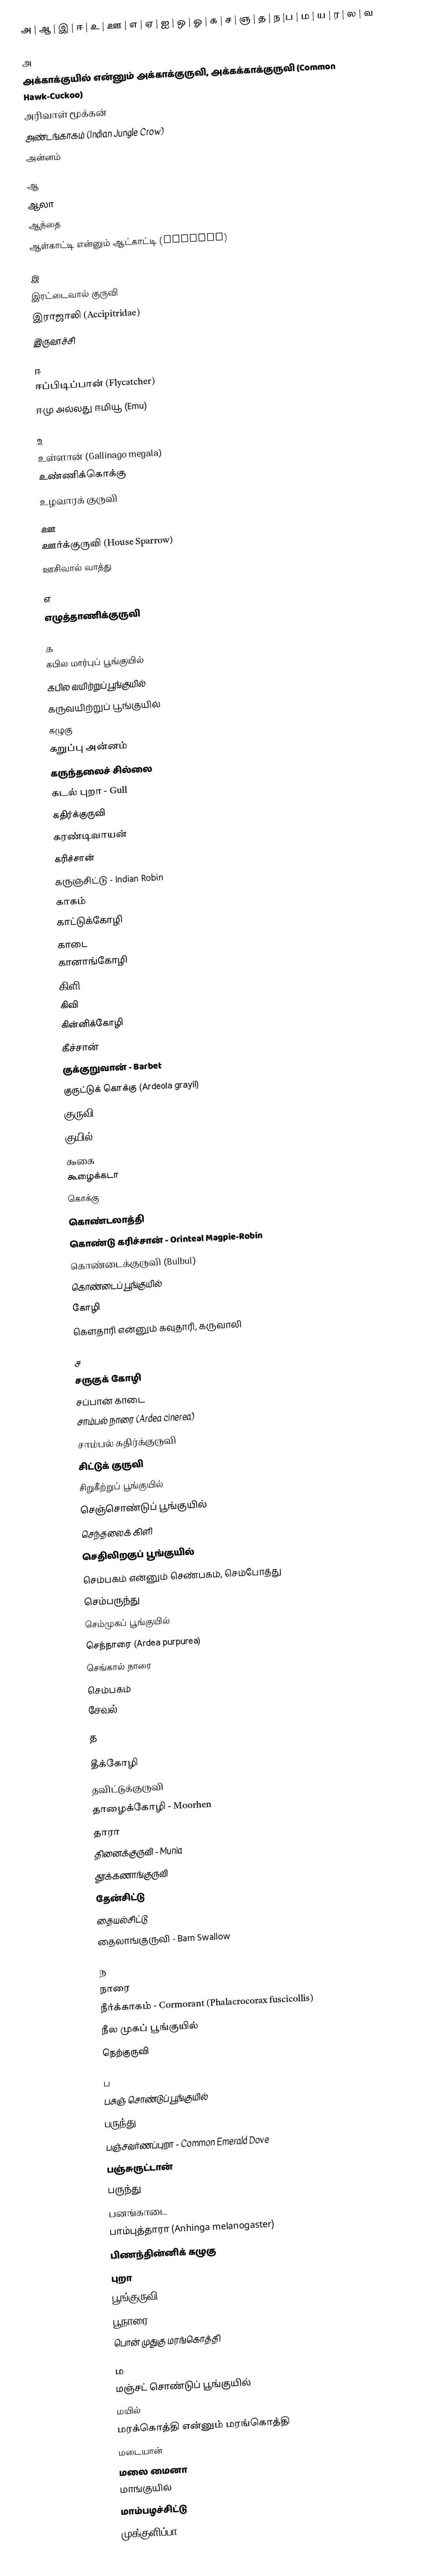
அ | ஆ | இ | ஈ | உ | ஊ | எ | ஏ | ஐ | ஒ | ஓ |  க |  ச | ஞ | த | ந |ப | ம | ய | ர | ல | வ

அ
 அக்காக்குயில் என்னும் அக்காக்குருவி, அக்கக்காக்குருவி (Common Hawk-Cuckoo)
 அரிவாள் மூக்கன்
 அண்டங்காகம் (Indian Jungle Crow)
 அன்னம்

ஆ
 ஆலா
 ஆந்தை
 ஆள்காட்டி என்னும் ஆட்காட்டி  (Lapwing)

இ
இரட்டைவால் குருவி
இராஜாலி (Accipitridae)
 இருவாச்சி

ஈ
 ஈப்பிடிப்பான் (Flycatcher)
ஈமு அல்லது ஈமியூ (Emu)

உ
 உள்ளான் (Gallinago megala)
 உண்ணிக்கொக்கு
 உழவாரக் குருவி

ஊ
 ஊர்க்குருவி (House Sparrow)
 ஊசிவால் வாத்து

எ
 எழுத்தாணிக்குருவி

க
 கபில மார்புப் பூங்குயில்
 கபில வயிற்றுப் பூங்குயில்
 கருவயிற்றுப் பூங்குயில்
 கழுகு
 கறுப்பு அன்னம்
 கருந்தலைச் சில்லை
 கடல் புறா - Gull
 கதிர்க்குருவி
 கரண்டிவாயன்
 கரிச்சான்
 கருஞ்சிட்டு - Indian Robin
 காகம்
 காட்டுக்கோழி
 காடை
 கானாங்கோழி
 கிளி
 கிவி
 கின்னிக்கோழி
 கீச்சான்
 குக்குறுவான் - Barbet
 குருட்டுக் கொக்கு (Ardeola grayii)
 குருவி
 குயில்
 கூகை
 கூழைக்கடா
 கொக்கு
 கொண்டலாத்தி
 கொண்டு கரிச்சான் - Orinteal Magpie-Robin
 கொண்டைக்குருவி (Bulbul)
 கொண்டைப் பூங்குயில்
 கோழி
 கௌதாரி என்னும் கவுதாரி, கருவாலி

ச
 சருகுக் கோழி
 சப்பான் காடை
 சாம்பல் நாரை (Ardea cinerea)
 சாம்பல் கதிர்க்குருவி
 சிட்டுக் குருவி
 சிறுகீற்றுப் பூங்குயில்
 செஞ்சொண்டுப் பூங்குயில்
 செந்தலைக் கிளி
 செதிலிறகுப் பூங்குயில்
 செம்பகம் என்னும் செண்பகம், செம்போத்து
 செம்பருந்து
 செம்முகப் பூங்குயில்
 செந்நாரை (Ardea purpurea)
 செங்கால் நாரை
 செம்பகம்
சேவல் (Cock)

த

 தீக்கோழி
 தவிட்டுக்குருவி
 தாழைக்கோழி - Moorhen
 தாரா
 தினைக்குருவி - Munia
 தூக்கணாங்குருவி
 தேன்சிட்டு
 தையல்சிட்டு
 தைலாங்குருவி - Barn Swallow

ந
 நாரை
 நீர்க்காகம் - Cormorant (Phalacrocorax fuscicollis)
 நீல முகப் பூங்குயில்
 நெற்குருவி

ப
 பசுஞ் சொண்டுப் பூங்குயில்
 பருந்து
 பஞ்சவர்ணப்புறா - Common Emerald Dove
 பஞ்சுருட்டான்
 பருந்து
 பனங்காடை
 பாம்புத்தாரா (Anhinga melanogaster)
 பிணந்தின்னிக் கழுகு
 புறா
 பூங்குருவி (thrush)
 பூநாரை
 பொன் முதுகு மரங்கொத்தி

ம
 மஞ்சட் சொண்டுப் பூங்குயில்
 மயில்
 மரக்கொத்தி என்னும் மரங்கொத்தி
 மடையான்
 மலை மைனா
 மாங்குயில்
 மாம்பழச்சிட்டு
 முக்குளிப்பா